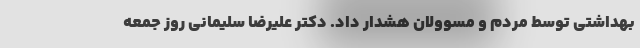
بهداشتی توسط مردم و مسوولان هشدار داد. دکتر علیرضا سلیمانی روز جمعه